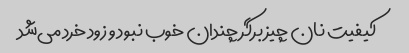
کیفیت نان چیز برگر چندان خوب نبود و زود خرد می‌شد